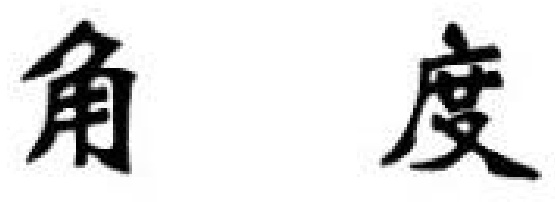
角 度